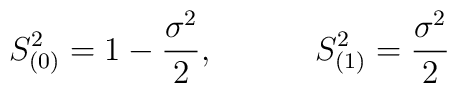
S_{(0)}^2=1-\frac{\sigma ^2}2,\hspace{0.5in}S_{(1)}^2=\frac{\sigma ^2}2